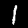
Digit: 1